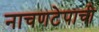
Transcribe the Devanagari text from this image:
नाचणटेपाची